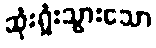
ဆုံးရှုံးသွားသော